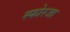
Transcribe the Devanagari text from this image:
स्फोरजा